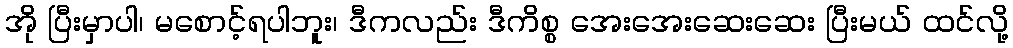
အို ပြီးမှာပါ၊ မစောင့်ရပါဘူး၊ ဒီကလည်း ဒီကိစ္စ အေးအေးဆေးဆေး ပြီးမယ် ထင်လို့